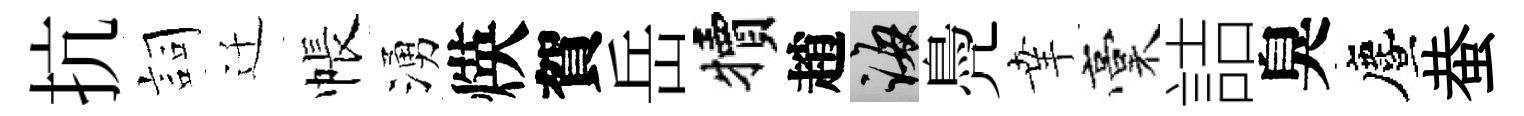
抗詞迁帳湧煐賀岳犢趙誨鳧𦍒稾詰臭󵨌蛬